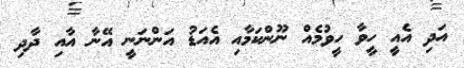
އަދި އެއީ ހީވާ ހީވުމެއް ނޫންކަމާއި އެއަޑު އަންނަނީ އޭނާ އާއި ދާދި